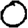
Digit: 0